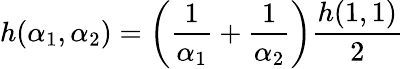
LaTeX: h(\alpha_{1},\alpha_{2})=\left(\frac{1}{\alpha_{1}}+\frac{1}{\alpha_{2}}\right)\frac{h(1,1)}{2}